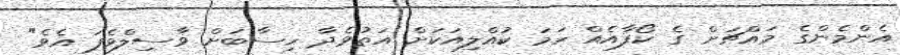
އެންމެންގެ މައްޗަށް ގެ ކޯފާއެއް ހަަމަ ކުއްލިއަކަށް އަތުވެދާ ހިސާބަށް ވާސިލްވެފަ އެވެ"